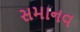
સમાનવ